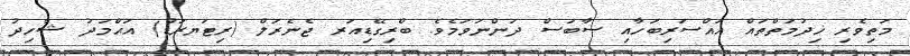
މަތިވެރި ޚިދުމަތްތައް އައްސަރިބަހާއި ސާބަސް ދަންނަވަމެވެ. ބްރިގޭޑިއަރ ޖެނެރަލް (ރިޓަޔރަޑް) އަޙްމަދު ޝާހިދު